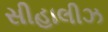
સીહાલીઝ